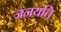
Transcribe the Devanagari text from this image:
जनयति